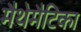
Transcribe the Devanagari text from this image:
मैथेमैटिका